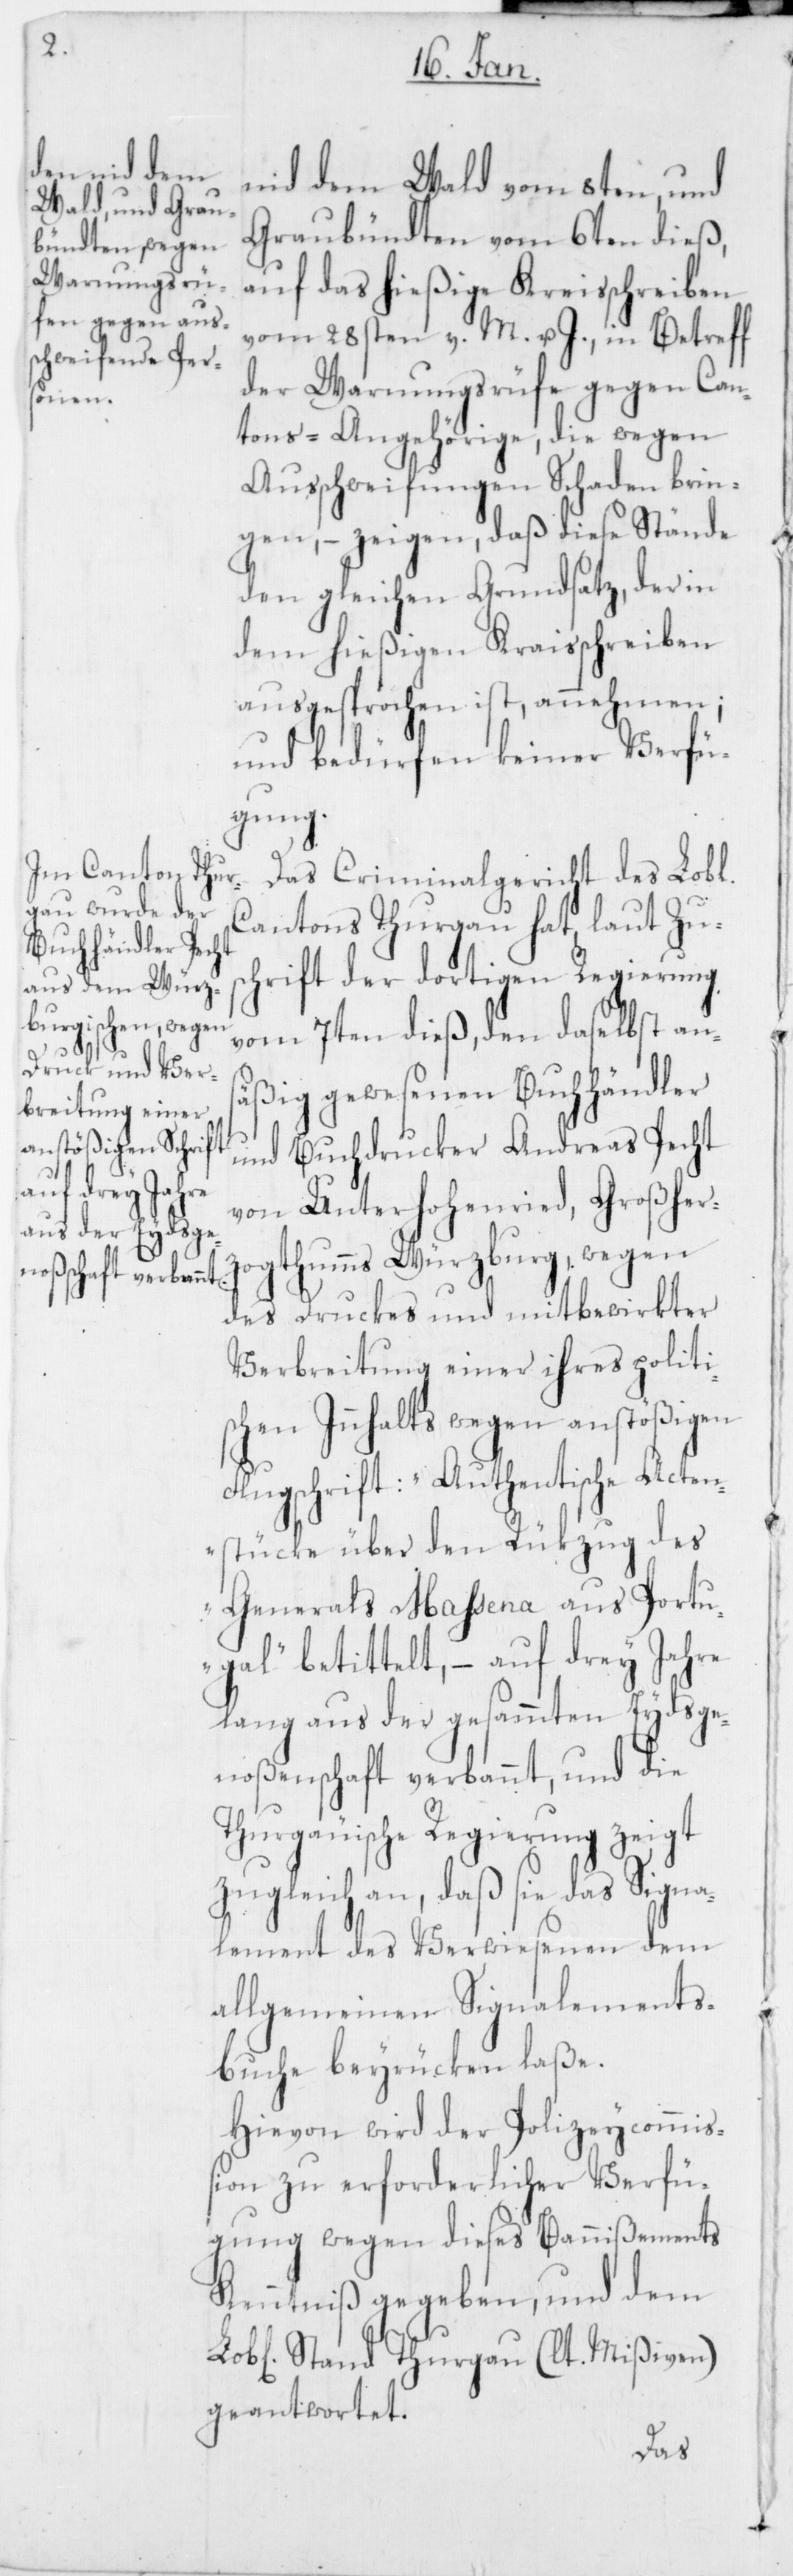
nid dem Wald vom 8ten, und
Graubündten vom 6ten dieß,
auf das hießige Kraisschreiben
vom 28sten v. M. u. J., in Betreff
der Warnungsrüfe gegen Can¬
tons-Angehörige, die wegen
Ausschweifungen Schaden brin¬
gen, – zeigen, daß diese Stände
den gleichen Grundsatz, der in
dem hießigen Kraisschreiben
ausgesprochen ist, annehmen;
und bedürfen keiner Verfü¬
gung.
Das Criminalgericht des Lobl.
Cantons Thurgau hat, laut Zus¬
chrift der dortigen Regierung
vom 7ten dieß, den daselbst an¬
säßig gewesenen Buchhändler
und Buchdrucker Andreas Pecht
von Unterhohenried, Großher¬
zogthums Würzburg, wegen
des Druckes und mitbewirkter
Verbreitung einer ihres politi¬
schen Innhalts wegen anstößigen
Flugschrift: „Authentische Acten¬
stücke über den Rükzug des
Generals Maßena aus Portu¬
gal“ betittelt, – auf drey Jahre
lang aus der gesammten Eydsge¬
noßenschaft verbannt, und die
Thurgauische Regierung zeigt
zugleich an, daß sie das Signa¬
lement des Verwiesenen dem
allgemeinen Signalements¬
buche beyrücken laße.
Hievon wird der Polizeycommiß¬
ion zu erforderlicher Verfü¬
gung wegen dieses Bannißements
Kenntniß gegeben, und dem
Stand Thurgau (lt. Mißiven)
geantwortet.